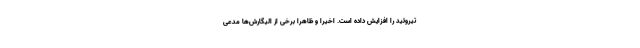
تیروئید را افزایش داده است. اخیراً و ظاهراً برخی از الیگارش‌ها مدعی